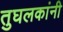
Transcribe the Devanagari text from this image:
तुघलकांनी